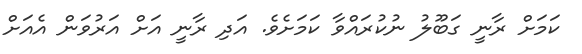
ކަމަށް ރާނީ ގަބޫލު ނުކުރައްވާ ކަމަށެވެ. އަދި ރާނީ އަށް އަރުވަން އެއަށް